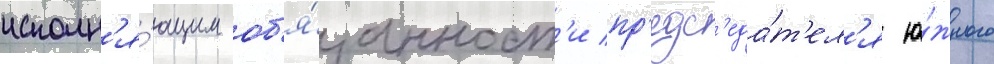
исполн'я́ющим об'я́занност'и пр'едс'еда́т'ел'я ю́жного